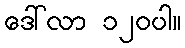
ဒေါ်လာ ၁၂၀ပါ။